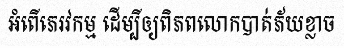
អំពើភេរវកម្ម ដើម្បីឲ្យពិភពលោកបាត់ភ័យខ្លាច